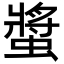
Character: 螿